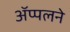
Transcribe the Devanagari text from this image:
ॲप्पलने